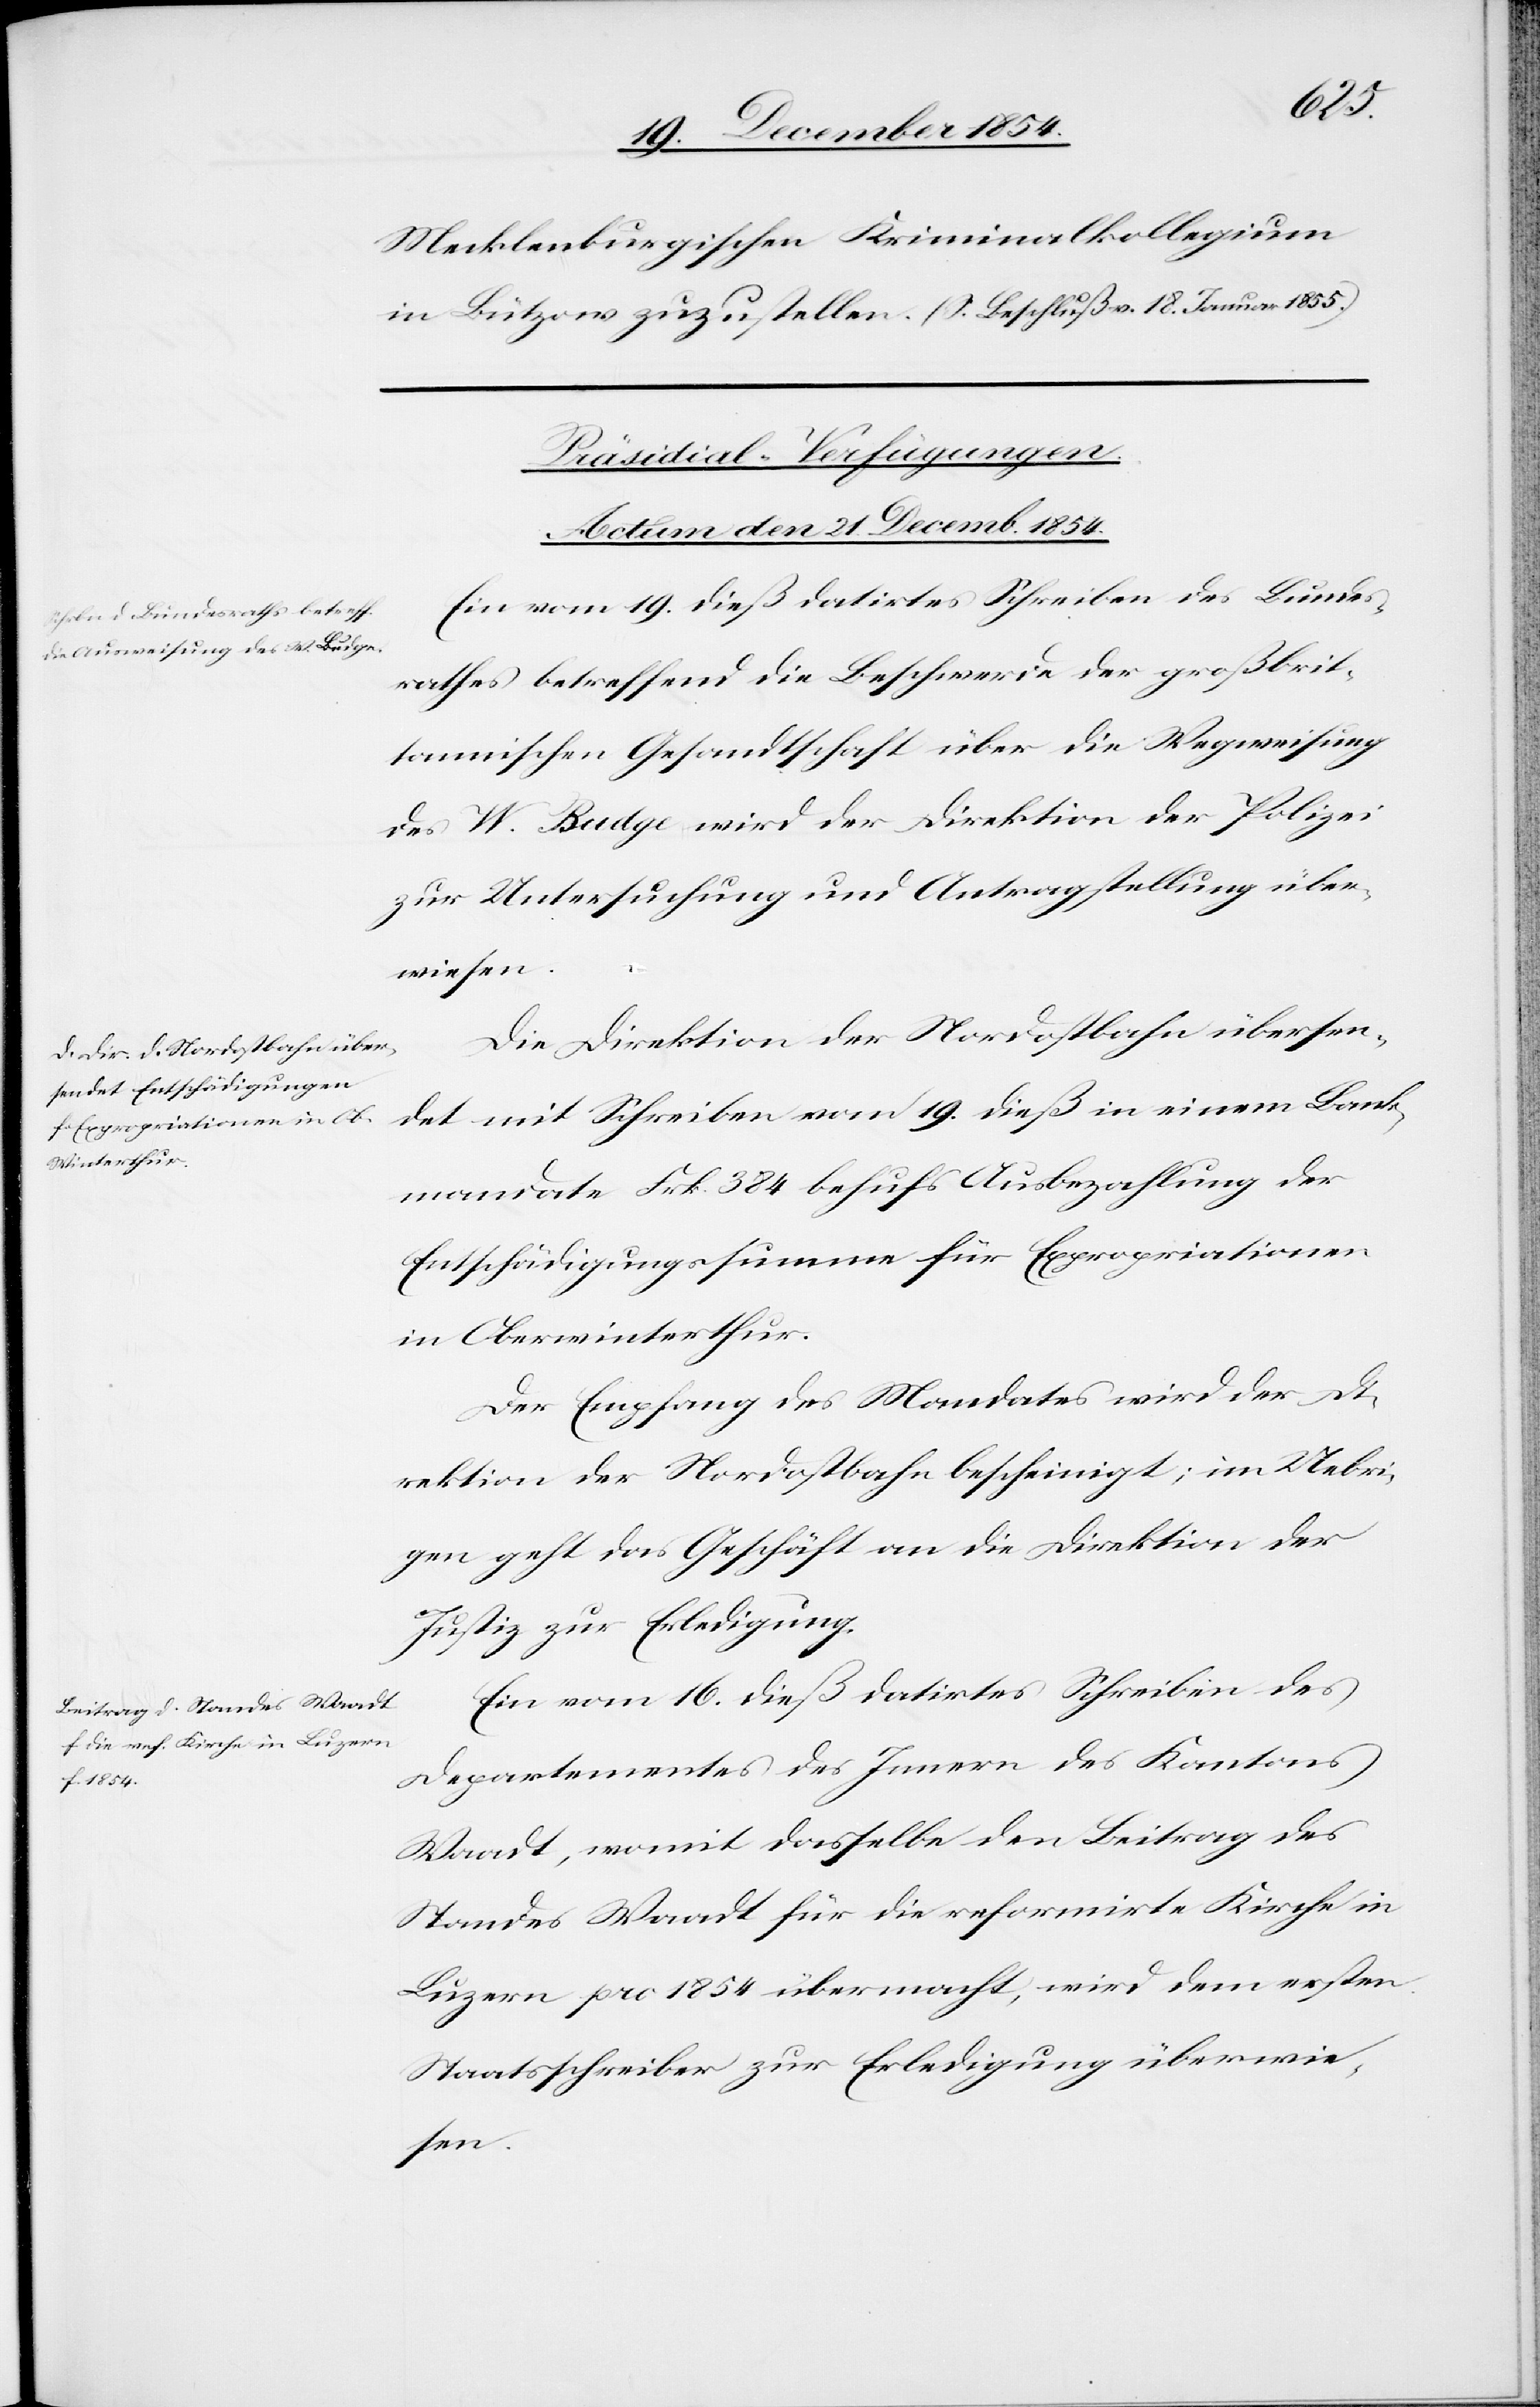
Mecklenburgischen [sic!] Kriminalkollegium
in Bützow zuzustellen. (S. Beschluß v. 18. Januar 1855.)
[Präsidial-Verfügungen.
Actum den 21. Decemb. 1854.]
Ein vom 19. dieß datirtes Schreiben des Bundes¬
rathes betreffend die Beschwerde der großbrit¬
tannischen Gesandtschaft über die Wegweisung
des W. Budge wird der Direktion der Polizei
zur Untersuchung und Antragstellung über¬
wiesen.
Die Direktion der Nordostbahn übersen¬
det mit Schreiben vom 19. dieß in einem Bank¬
mandate Frk. 384 behufs Ausbezahlung der
Entschädigungssumme für Expropriationen
in Oberwinterthur.
Der Empfang des Mandates wird der Di¬
rektion der Nordostbahn bescheinigt; im Uebri¬
gen geht das Geschäft an die Direktion der
Justiz zur Erledigung.
Ein vom 16. dieß datirtes Schreiben des
Departementes des Innern des Kantons
Waadt, womit dasselbe den Beitrag des
Standes Waadt für die reformirte Kirche in
Luzern pro 1854 übermacht, wird dem ersten
Staatsschreiber zur Erledigung überwie¬
sen.